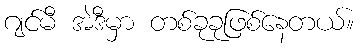
ဂျင်မီ အဲဒီမှာ တစ်ခုခုဖြစ်နေတယ်။